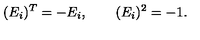
( E _ { i } ) ^ { T } = - E _ { i } , \quad \quad ( E _ { i } ) ^ { 2 } = - 1 .